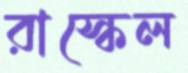
রাস্কেল